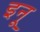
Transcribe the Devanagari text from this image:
इनू